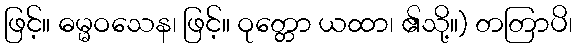
ဖြင့်။ ဓမ္မဝသေန၊ ဖြင့်။ ဝုတ္တော ယထာ၊ ၏သို့။) တတြာပိ၊